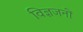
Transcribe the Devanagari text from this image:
विज्ञजनों